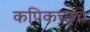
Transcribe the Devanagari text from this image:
कपिकच्छूचे